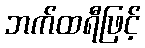
ဘက်ထရီဖြင့်